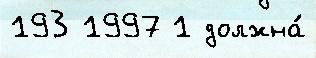
193 1997 1 должна́